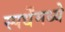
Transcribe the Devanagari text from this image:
स्पर्धेंमध्ये